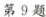
第9题